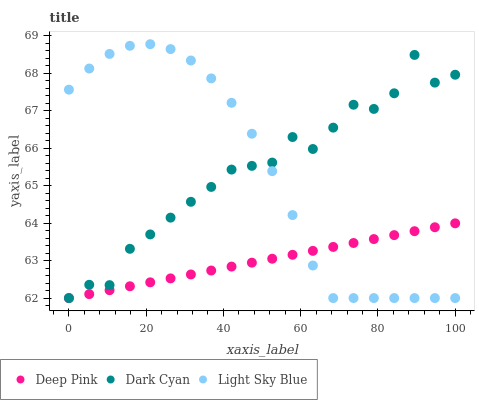
| xaxis_label | Deep Pink | Dark Cyan | Light Sky Blue |
 | --- | --- | --- | --- |
 | 0 | 62 | 62 | 67.6 |
 | 5.26 | 62.1 | 62.4 | 68.1 |
 | 10.5 | 62.2 | 62.3 | 68.5 |
 | 15.8 | 62.3 | 63.3 | 68.7 |
 | 21.1 | 62.4 | 63.7 | 68.8 |
 | 26.3 | 62.5 | 64.1 | 68.6 |
 | 31.6 | 62.6 | 64.6 | 68.3 |
 | 36.8 | 62.7 | 65 | 67.9 |
 | 42.1 | 62.8 | 65.4 | 67.2 |
 | 47.4 | 62.9 | 65.5 | 66.4 |
 | 52.6 | 63.1 | 65.6 | 65.4 |
 | 57.9 | 63.2 | 66.3 | 64.2 |
 | 63.2 | 63.3 | 66 | 62.9 |
 | 68.4 | 63.4 | 66.5 | 62 |
 | 73.7 | 63.5 | 67.2 | 62 |
 | 78.9 | 63.6 | 67 | 62 |
 | 84.2 | 63.7 | 67.5 | 62 |
 | 89.5 | 63.8 | 68.5 | 62 |
 | 94.7 | 63.9 | 67.8 | 62 |
 | 100 | 64 | 68 | 62 |